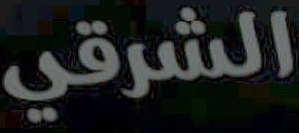
الشرقي